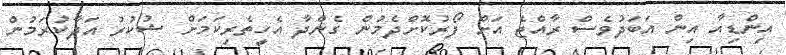
އިންޑިއާ އިން އަބަދުވެސް ރާއްޖެ އަށް ފޯރުކޮށްދެމުން ގެންދާ އެހީތެރިކަމަށް ޝުކުރު އަދާކުރަމުން